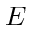
E